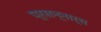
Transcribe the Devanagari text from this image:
प्रसन्नार्थ